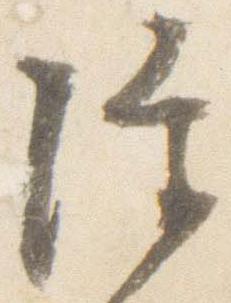
障